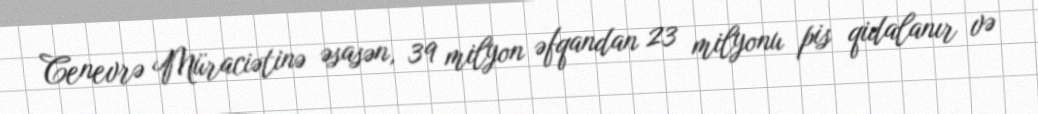
Cenevrə Müraciətinə əsasən, 39 milyon əfqandan 23 milyonu pis qidalanır və